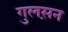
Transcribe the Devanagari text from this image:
गुलस़न